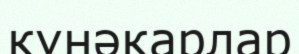
күнәкарлар